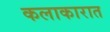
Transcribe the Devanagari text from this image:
कलाकारात